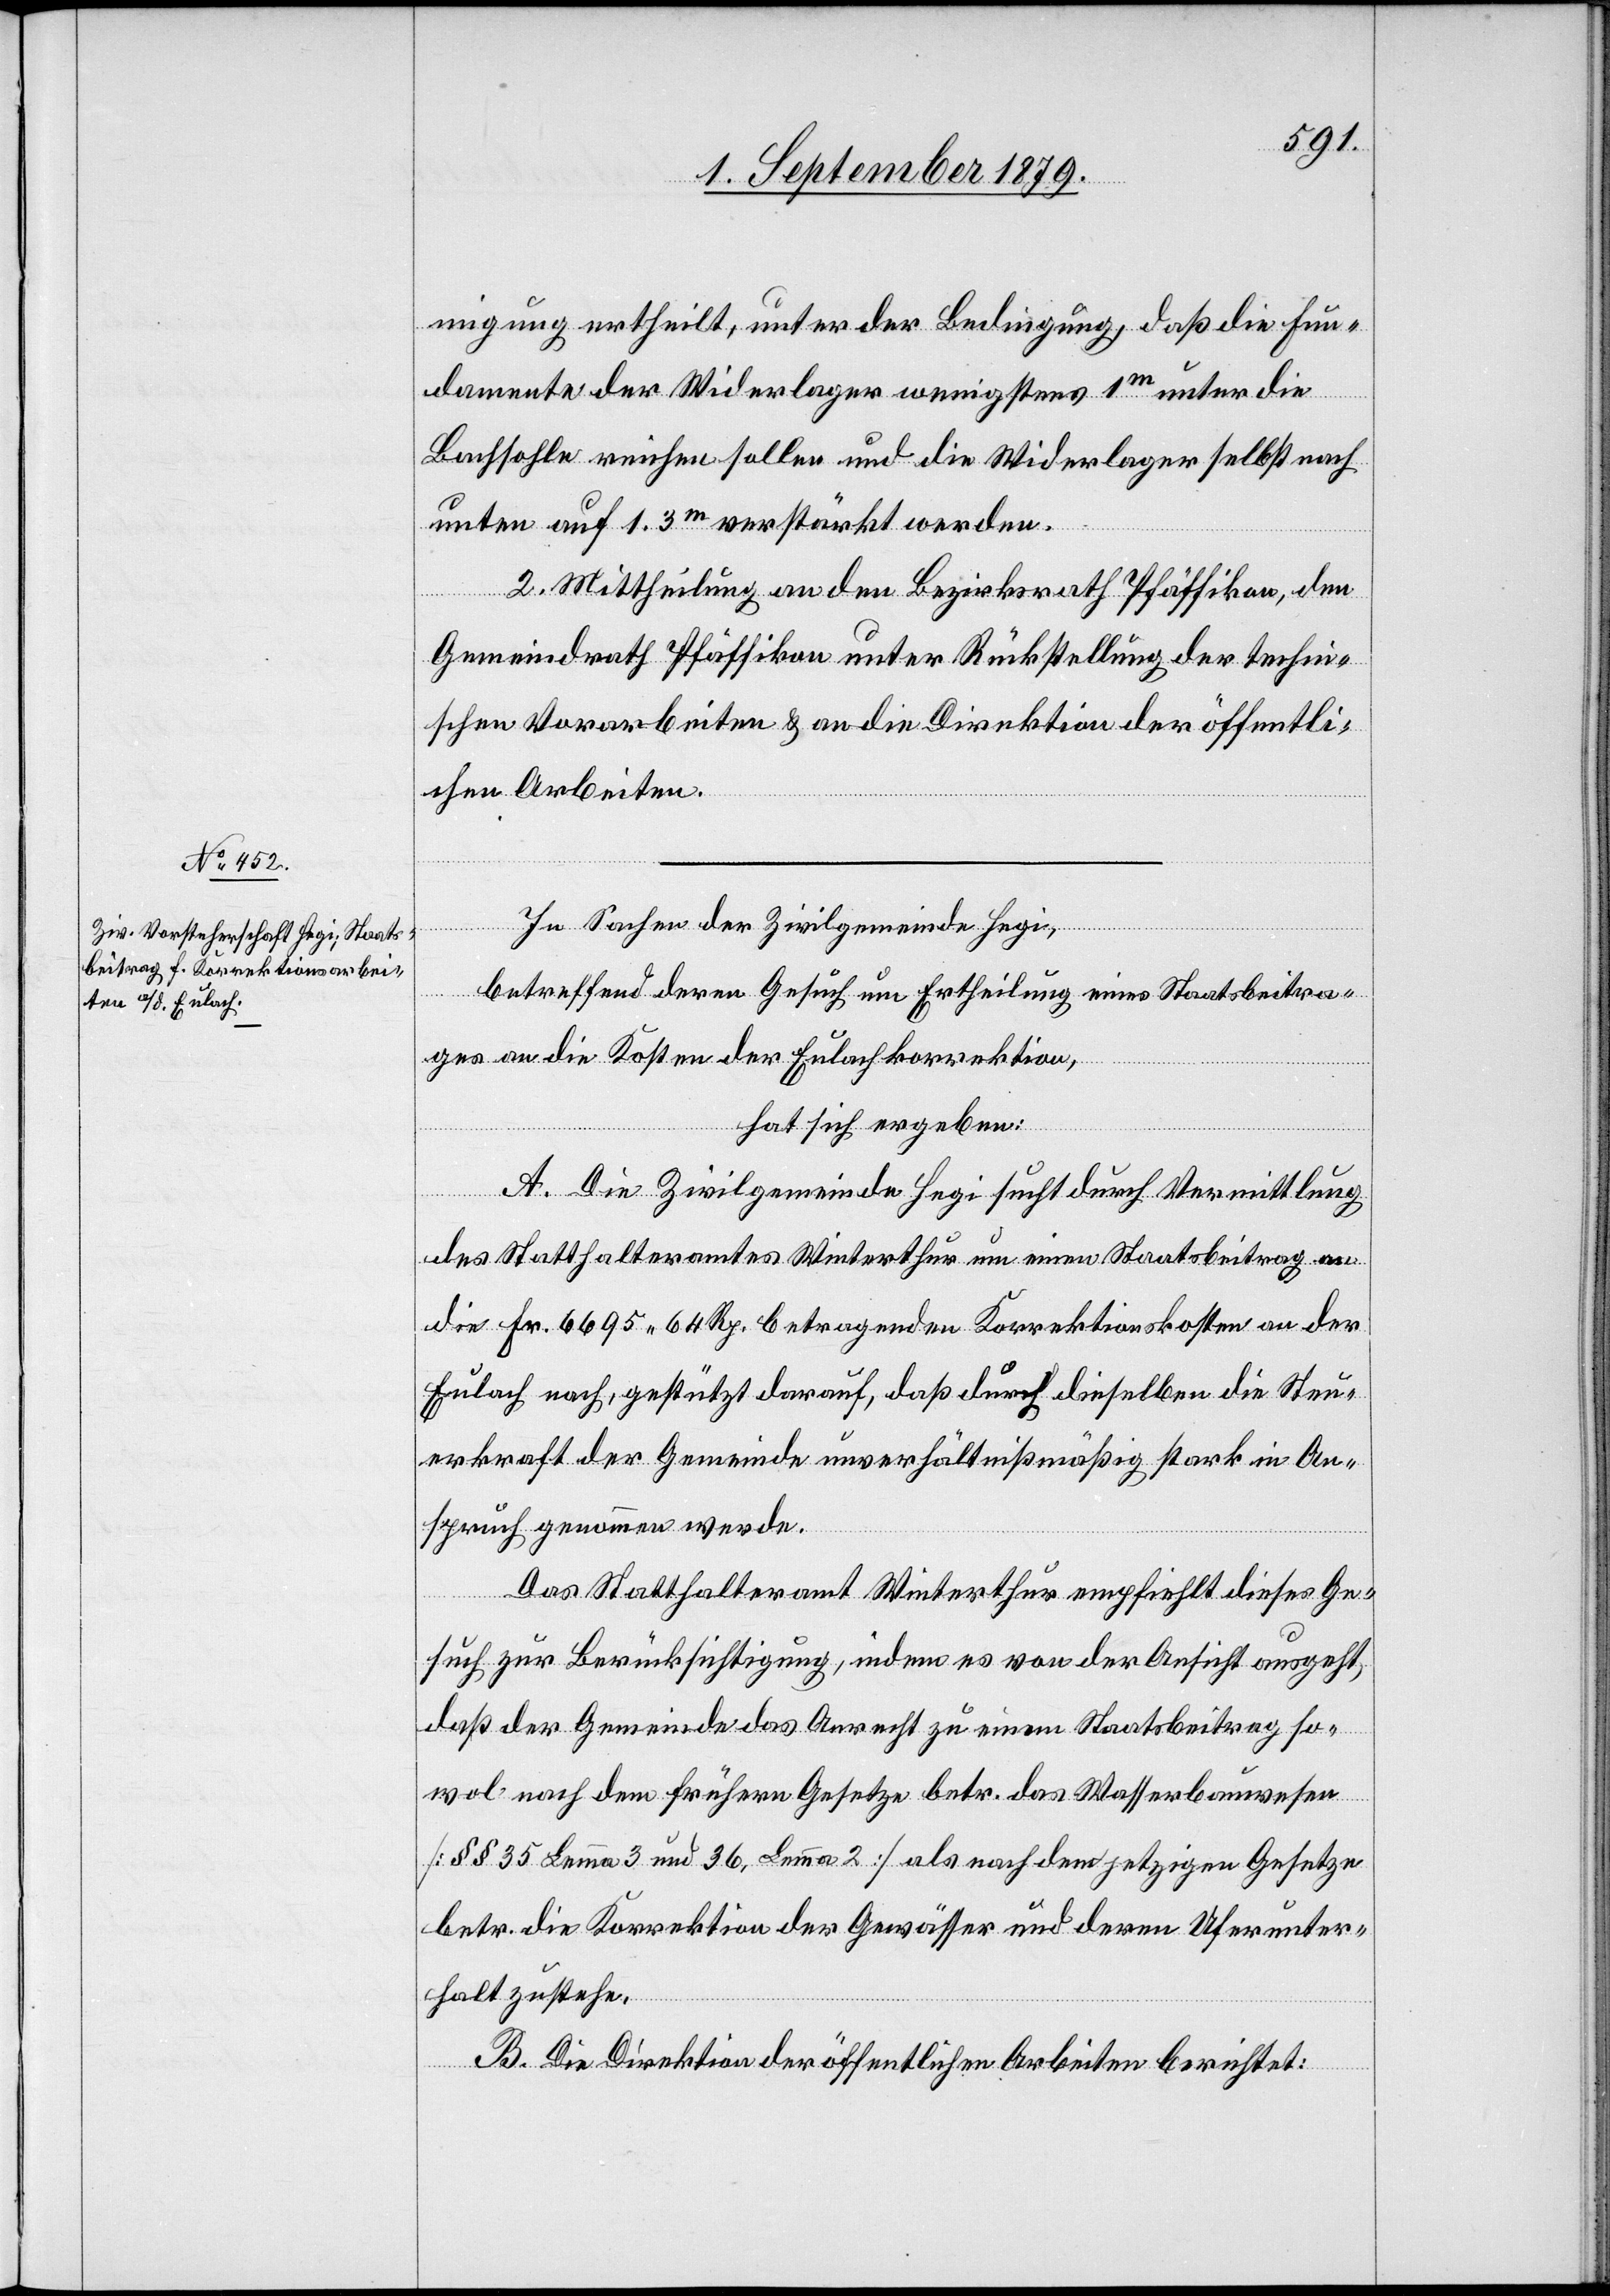
migung ertheilt, unter der Bedingung, daß die Fun¬
damente der Widerlager wenigstens 1m unter die
Bachsohle reichen sollen und die Widerlager selbst nach
unten auf 1.3m verstärkt werden.
2. Mittheilung an den Bezirksrath Pfäffikon, den
Gemeindrath Pfäffikon unter Rückstellung der techni¬
schen Vorarbeiten & an die Direktion der öffentli¬
chen Arbeiten.
In Sachen der Zivilgemeinde Hegi,
betreffend deren Gesuch um Ertheilung eines Staatsbeitra¬
ges an die Kosten der Eulachkorrektion,
hat sich ergeben:
A. Die Zivilgemeinde Hegi sucht durch Vermittlung
des Statthalteramtes Winterthur um einen Staatsbeitrag an
die Fr. 6695 64 Rp. betragenden Korrektionskosten an der
Eulach nach, gestützt darauf, das durch dieselben die Steu¬
erkraft der Gemeinde unverhältnißmäßig stark in An¬
spruch genommen werde.
Das Statthalteramt Winterthur empfiehlt dieses Ge¬
such zur Berücksichtigung, indem es von der Ansicht ausgeht,
daß der Gemeinde das Anrecht zu einem Staatsbeitrag so¬
wol nach dem frühern Gesetze betr. das Wasserbauwesen
[§§ 35 Lemma 3 und 36, Lemma 2] als nach dem jetzigen Gesetze
betr. die Korrektion der Gewässer und deren Uferunter¬
halt zustehe.
B. Die Direktion der öffentlichen Arbeiten berichtet: